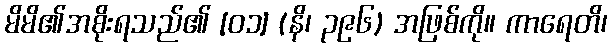
မိမိ၏အစိုးရသည်၏ [၀၁] (နိ၊ ၃၉၆) အဖြစ်ကို။ ကာရေတိ၊